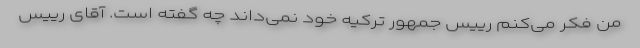
من فکر می‌کنم رییس جمهور ترکیه خود نمی‌داند چه گفته است. آقای رییس